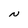
Character: N